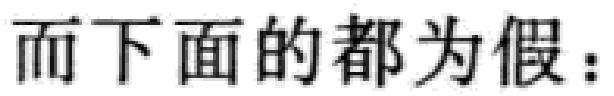
而下面的都为假：